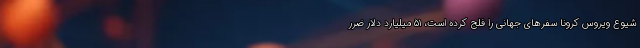
شیوع ویروس کرونا سفرهای جهانی را فلج کرده است، ۵۱ میلیارد دلار ضرر